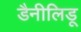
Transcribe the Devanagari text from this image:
डैनीलिडू